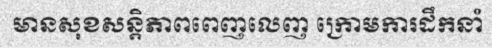
មានសុខសន្តិភាពពេញលេញ ក្រោមការដឹកនាំ